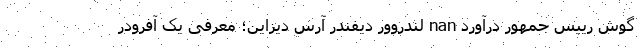
گوش رییس جمهور درآورد nan لندروور دیفندر آرس دیزاین؛ معرفی یک آفرودر